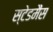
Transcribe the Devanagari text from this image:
स्टेडमैंस